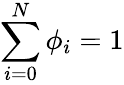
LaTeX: \sum_{i=0}^{N}\phi_{i}=1